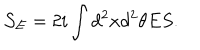
LaTeX: { \mathcal { S } } _ { E } = 2 i \int { d ^ { 2 } x d ^ { 2 } \theta E S } .